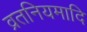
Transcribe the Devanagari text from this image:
व्रतनियमादि